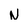
Character: N